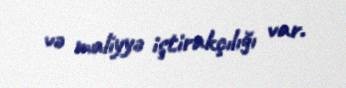
və maliyyə iştirakçılığı var.